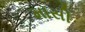
માસી